Lunatic asylums in Bengal annual reports 1888-1898 - 1888-1898
Year: 1888
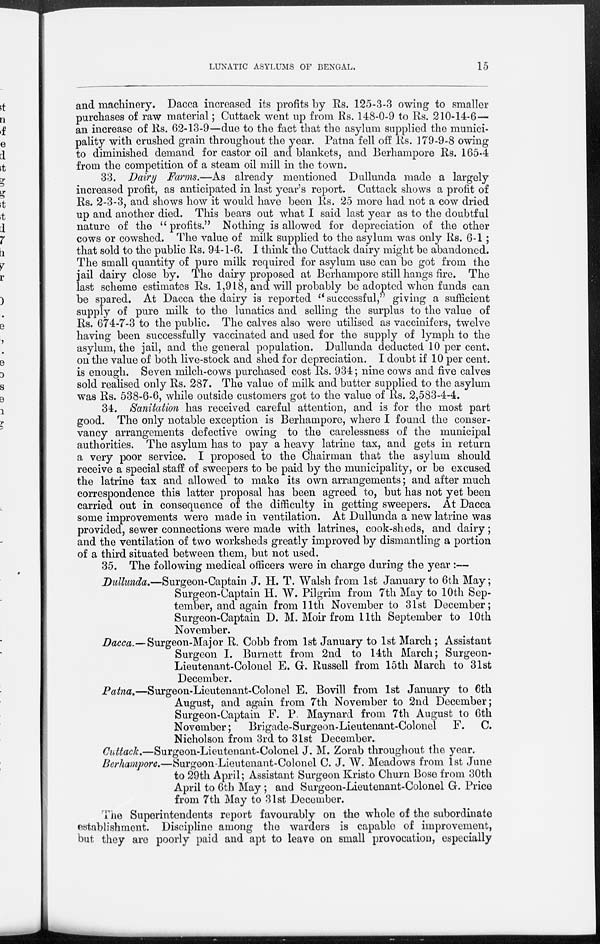
LUNATIC ASYLUMS OF BENGAL.
15
and machinery. Dacca increased its profits by Rs. 125-3-3 owing to smaller
purchases of raw material; Cuttack went up from Rs. 148-0-9 to Rs. 210-14-6—
an increase of Rs. 62-13-9—due to the fact that the asylum supplied the munici-
pality with crushed grain throughout the year. Patna fell off Rs. 179-9-8 owing
to diminished demand for castor oil and blankets, and Berhampore Rs. 165-4
from the competition of a steam oil mill in the town.
33. Dairy Farms.—As already mentioned Dullunda made a largely
increased profit, as anticipated in last year's report. Cuttack shows a profit of
Rs. 2-3-3, and shows how it would have been Rs. 25 more had not a cow dried
up and another died. This bears out what I said last year as to the doubtful
nature of the " profits." Nothing is allowed for depreciation of the other
cows or cowshed. The value of milk supplied to the asylum was only Rs. 6-1 ;
that sold to the public Rs. 94-1-6. I think the Cuttack dairy might be abandoned.
The small quantity of pure milk required for asylum use can be got from the
jail dairy close by. The dairy proposed at Berhampore still hangs fire. The
last scheme estimates Rs. 1,918, and will probably be adopted when funds can
be spared. At Dacca the dairy is reported "successful," giving a sufficient
supply of pure milk to the lunatics and selling the surplus to the value of
Rs. 674-7-3 to the public. The calves also were utilised as vaccinifers, twelve
having been successfully vaccinated and used for the supply of lymph to the
asylum, the jail, and the general population. Dullunda deducted 10 per cent.
on the value of both live-stock and shed for depreciation. I doubt if 10 per cent.
is enough. Seven milch-cows purchased cost Rs. 934; nine cows and five calves
sold realised only Rs. 287. The value of milk and butter supplied to the asylum
was Rs. 538-6-6, while outside customers got to the value of Rs. 2,583-4-4.
34. Sanitation has received careful attention, and is for the most part
good. The only notable exception is Berhampore, where I found the conser-
vancy arrangements defective owing to the carelessness of the municipal
authorities. The asylum has to pay a heavy latrine tax, and gets in return
a very poor service. I proposed to the Chairman that the asylum should
receive a special staff of sweepers to be paid by the municipality, or be excused
the latrine tax and allowed to make its own arrangements; and after much
correspondence this latter proposal has been agreed to, but has not yet been
carried out in consequence of the difficulty in getting sweepers. At Dacca
some improvements were made in ventilation. At Dullunda a new latrine was
provided, sewer connections were made with latrines, cook-sheds, and dairy ;
and the ventilation of two worksheds greatly improved by dismantling a portion
of a third situated between them, but not used.
35. The following medical officers were in charge during the year :—
Dullunda.—Surgeon-Captain J. H. T. Walsh from 1st January to 6th May;
Surgeon-Captain H. W. Pilgrim from 7th May to 10th Sep-
tember, and again from 11th November to 31st December;
Surgeon-Captain D. M. Moir from 11th September to 10th
November.
Dacca.—Surgeon-Major R. Cobb from 1st January to 1st March ; Assistant
Surgeon I. Burnett from 2nd to 14th March; Surgeon-
Lieutenant-Colonel E. G. Russell from 15th March to 31st
December.
Patna.—Surgeon-Lieutenant-Colonel E. Bovill from 1st January to 6th
August, and again from 7th November to 2nd December;
Surgeon-Captain F. P. Maynard from 7th August to 6th
November;
Brigade-Surgeon-Lieutenant-Colonel
F. C.
Nicholson from 3rd to 31st December.
Cuttack.—Surgeon-Lieutenant-Colonel J. M. Zorab throughout the year.
Berhampore.—Surgeon-Lieutenant-Colonel C. J. W. Meadows from 1st June
to 29th April; Assistant Surgeon Kristo Churn Bose from 30th
April to 6th May ; and Surgeon-Lieutenant-Colonel G. Price
from 7th May to 31st December.
The Superintendents report favourably on the whole of the subordinate
establishment. Discipline among the warders is capable of improvement,
but they are poorly paid and apt to leave on small provocation, especially